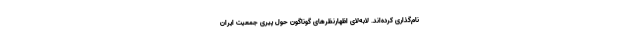
نام‌گذاری کرده‌اند. لابه‌لای اظهارنظرهای گوناگون حول پیری جمعیت ایران